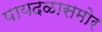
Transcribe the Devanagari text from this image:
पायदळासमोर